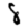
Digit: 8